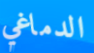
الدماغي